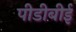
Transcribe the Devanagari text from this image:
पीडीबीई